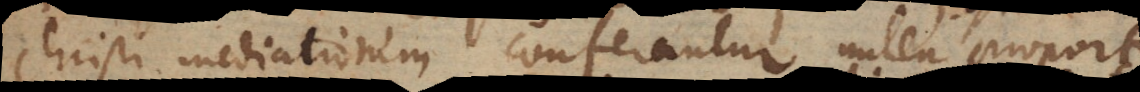
Christi mediationem conferantur nulla proportio